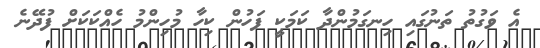
އެ ވަގުތު ތަނުގައި ހިނގަމުންދާ ކަމަކީ ފަހުން ކިހާ މުހިންމު ހެއްކަކަށް ފުދޭނެ